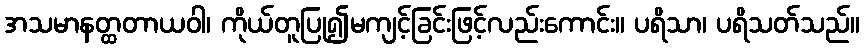
အသမာနတ္ထတာယဝါ၊ ကိုယ်တူပြု၍မကျင့်ခြင်းဖြင့်လည်းကောင်း။ ပရိသာ၊ ပရိသတ်သည်။